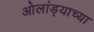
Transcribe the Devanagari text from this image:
ओलांड्याच्या